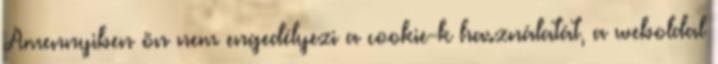
Amennyiben ön nem engedélyezi a cookie-k használatát, a weboldal